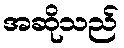
အဆိုသည်